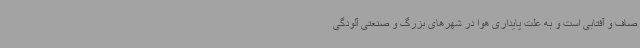
صاف و آفتابی است و به علت پایداری هوا در شهرهای بزرگ و صنعتی آلودگی